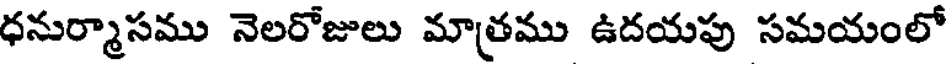
ధనుర్మాసము నెలరోజులు మాత్రము ఉదయపు సమయంలో